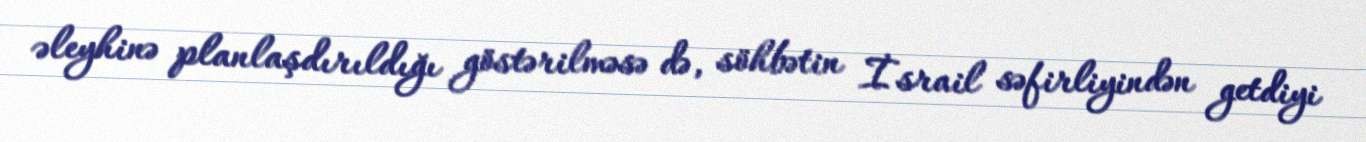
əleyhinə planlaşdırıldığı göstərilməsə də, söhbətin İsrail səfirliyindən getdiyi